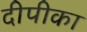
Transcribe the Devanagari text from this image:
दीपीका